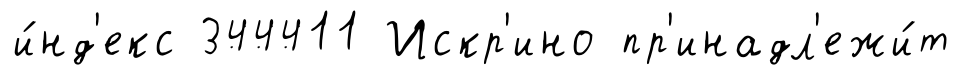
и́нд'екс 344411 Искр'ино пр'инадл'ежи́т